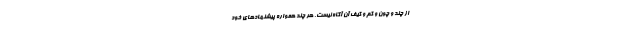
از چند و چون و کم و کیف آن آگاه نیست. هر چند همواره پیشنهادهای خود